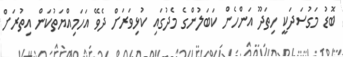
ބޮޑު މަގުސަދަކީ ހިތަދޫ އަންހެން ކަބަލުންގެ މެދުގައި ކުޅިވަރަށް ދެވޭ އަހަމިއްޔަތުކަން އިތުރަށް